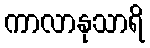
ကာလာနုသာရိ